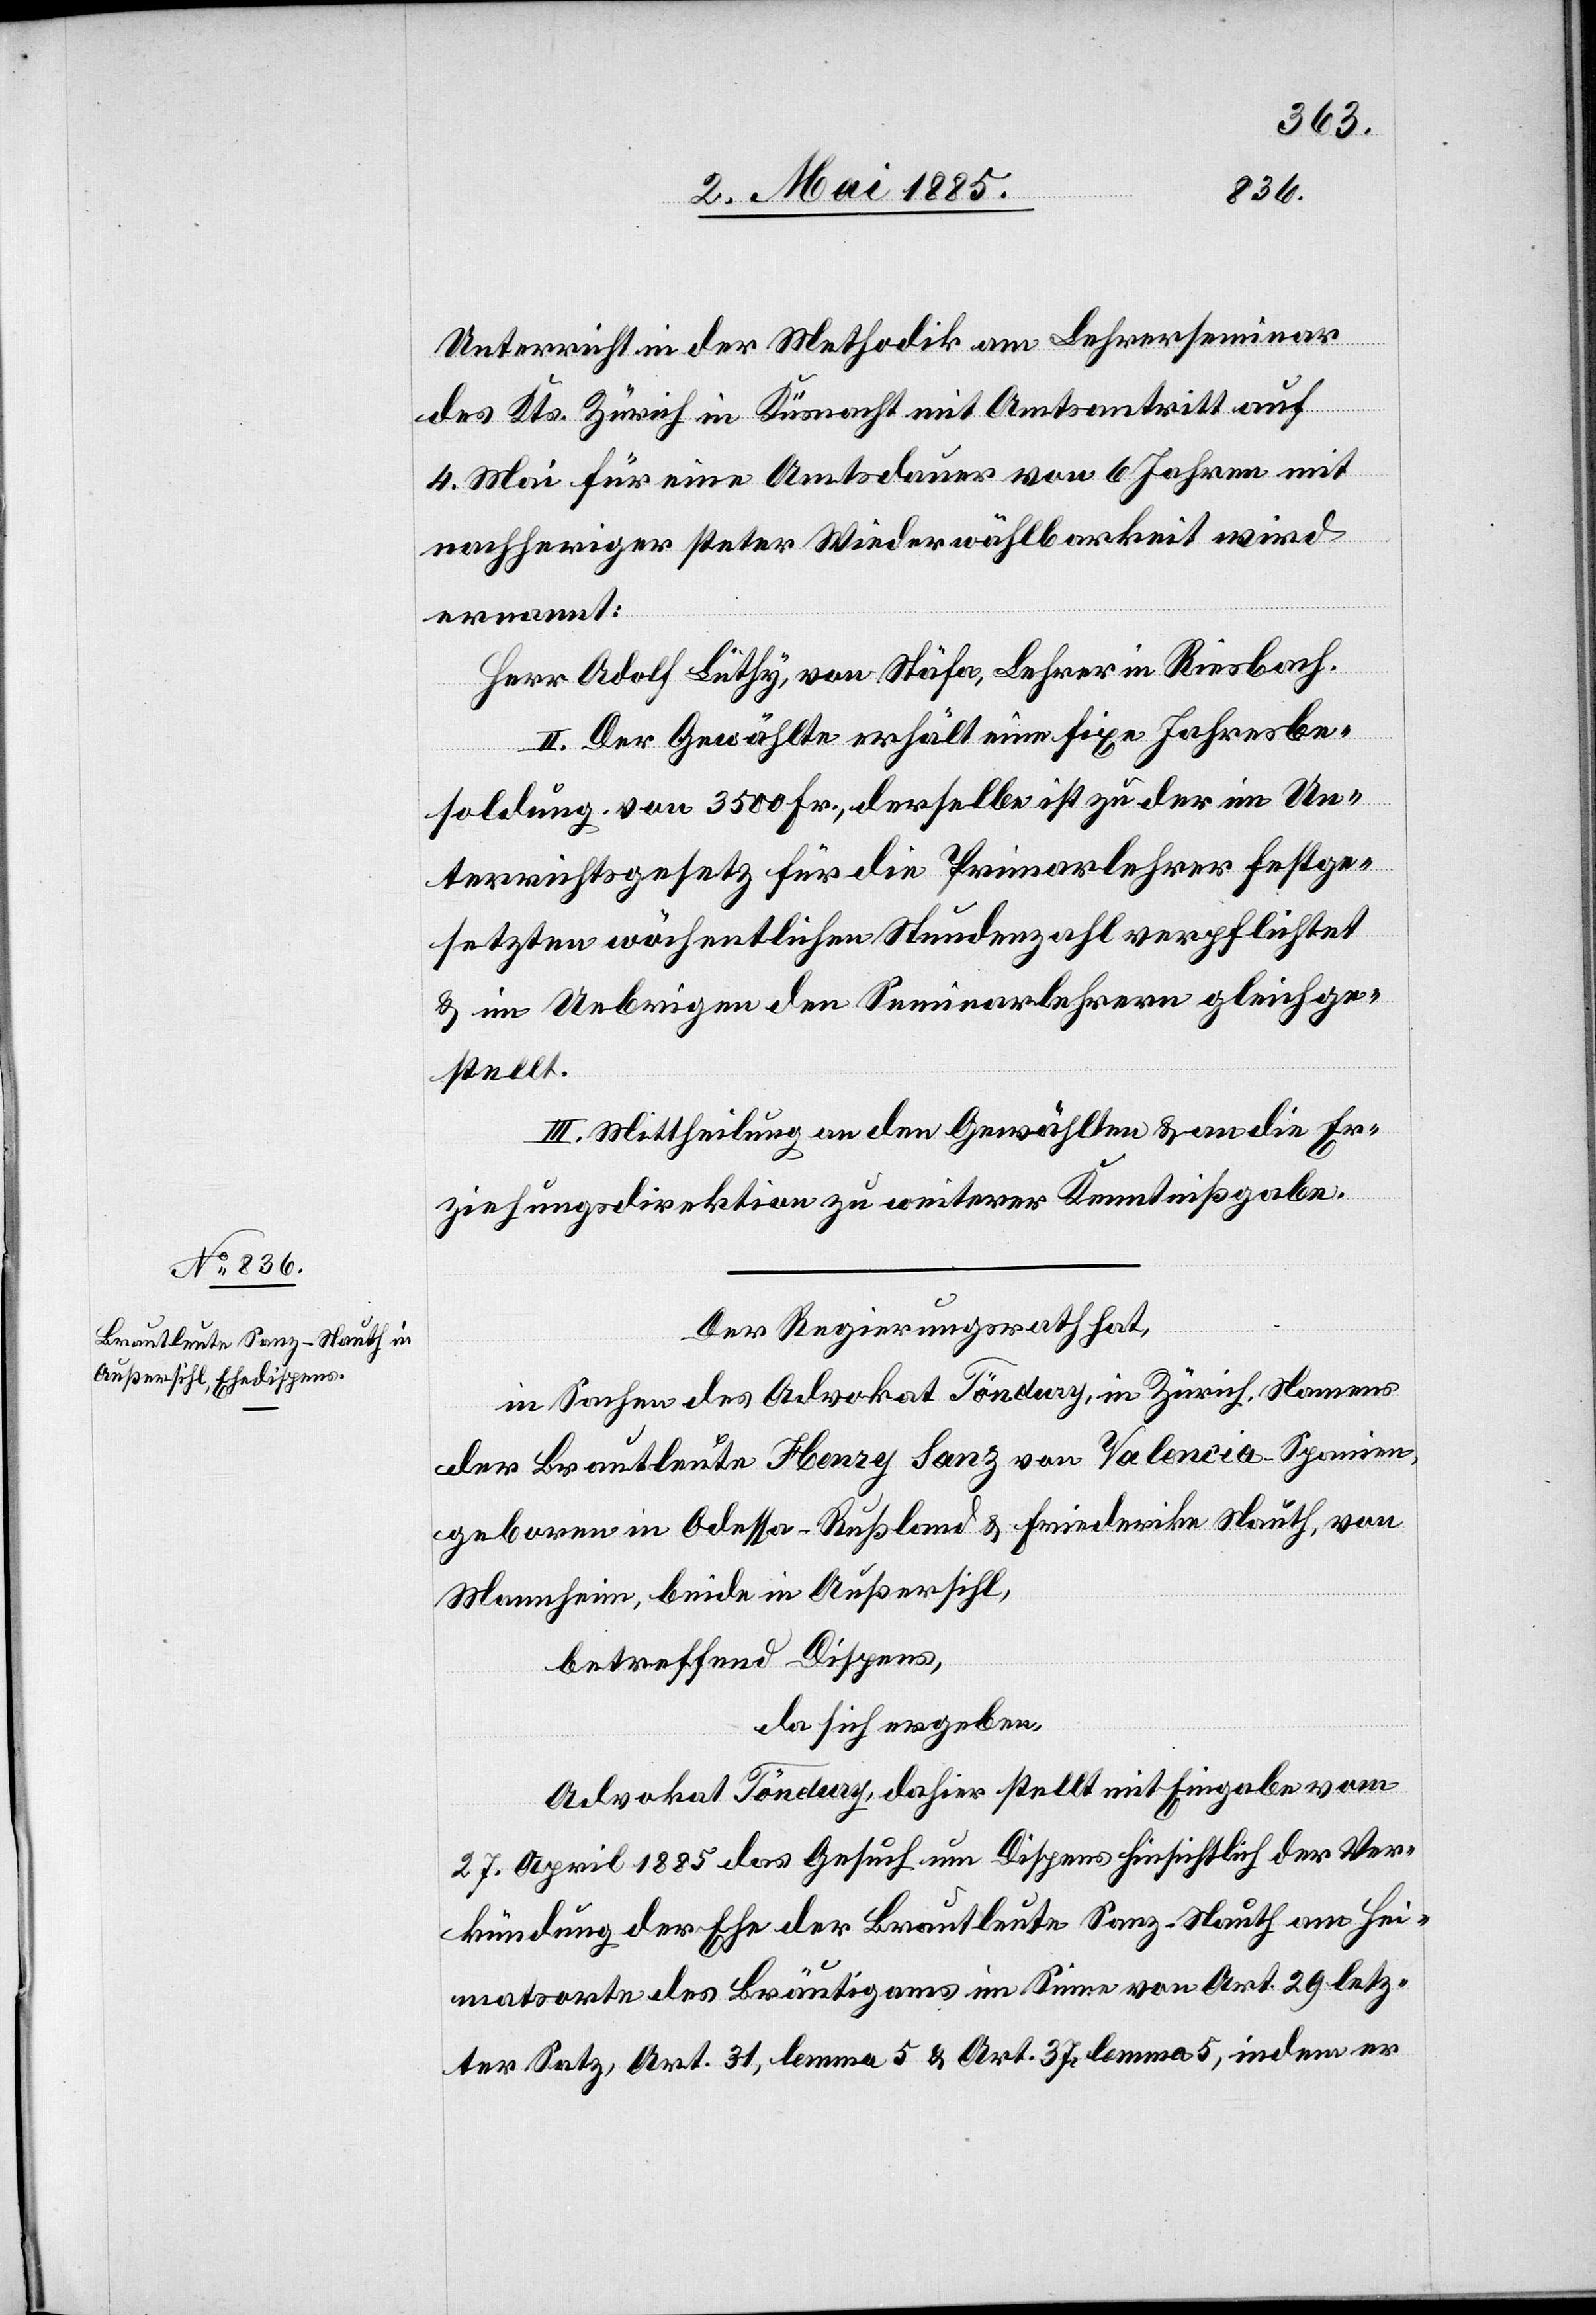
Unterricht in der Methodik am Lehrerseminar
des Kts. Zürich in Küsnacht mit Amtsantritt auf
4. Mai für eine Amtsdauer von 6 Jahren mit
nachheriger steter Wiederwählbarkeit wird
ernannt:
Herr Adolf Lüthy, von Stäfa, Lehrer in Riesbach.
II. Der Gewählte erhält eine fixe Jahresbe¬
soldung von 3500 Fr., derselbe ist zu der im Un¬
terrichtsgesetz für die Primarlehrer festge¬
setzten wöchentlichen Stundenzahl verpflichtet
& im Uebrigen den Seminarlehrern gleichge¬
stellt.
III. Mittheilung an den Gewählten & an die Er¬
ziehungsdirektion zu weiterer Kenntnißgabe.
Der Regierungsrath hat,
in Sachen des Advokat Töndury, in Zürich, Namens
der Brautleute Henry Sanz von Valencia - Spanien,
geboren in Odessa - Rußland & Friederika Nauth, von
Mannheim, beide in Außersihl,
da sich ergeben:
Advokat Töndury, dahier stellt mit Eingabe vom
27. April 1885 das Gesuch um Dispens hinsichtlich der Ver¬
kündung der Ehe der Brautleute Sanz-Nauth am Hei¬
matorte des Bräutigams im Sinne von Art. 29 letz¬
ter Satz, Art. 31, lemma 5 & Art. 37, lemma 5, indem er